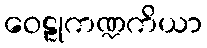
ဝေဠုကဏ္ဍကိယာ